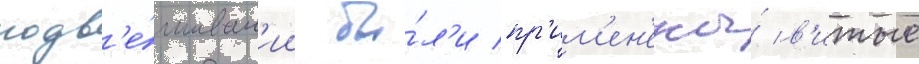
подв'е́шиван'ии бы́л'и пр'им'ен'ены́ в'итые